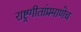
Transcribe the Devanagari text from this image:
राष्ट्रगीतांप्रमाणेच